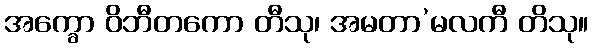
အက္ခော ဝိဘီတကော တီသု၊ အမတာ’မလကီ တိသု။